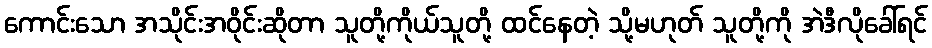
ကောင်းသော အသိုင်းအဝိုင်းဆိုတာ သူတို့ကိုယ်သူတို့ ထင်နေတဲ့ သို့မဟုတ် သူတို့ကို အဲဒီလိုခေါ်ရင်